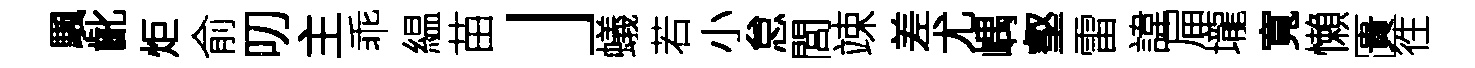
颿齔炬俞叨主乖緼苗」蟻若小怠閭竦差尤嵎壑雷諱屇壠寬懶匱徃